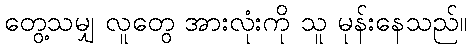
တွေ့သမျှ လူတွေ အားလုံးကို သူ မုန်းနေသည်။